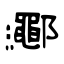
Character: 鄳